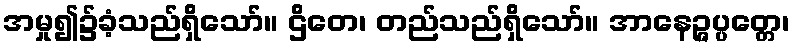
အမှု၍၌ခံ့သည်ရှိသော်။ ဌိတေ၊ တည်သည်ရှိသော်။ အာနေဉ္ဇပ္ပတ္တေ၊